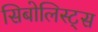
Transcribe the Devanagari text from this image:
सिबोलिस्ट्स